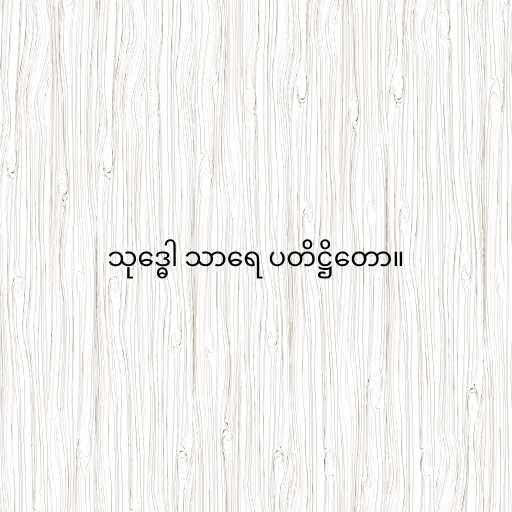
သုဒ္ဓေါ သာရေ ပတိဋ္ဌိတော။